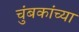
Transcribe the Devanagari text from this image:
चुंबकांच्या